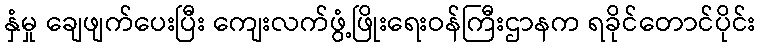
နှံမှု ချေဖျက်ပေးပြီး ကျေးလက်ဖွံ့ဖြိုးရေးဝန်ကြီးဌာနက ရခိုင်တောင်ပိုင်း